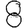
Digit: 8